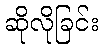
ဆိုလိုခြင်း